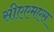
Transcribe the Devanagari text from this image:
सीएएमएस